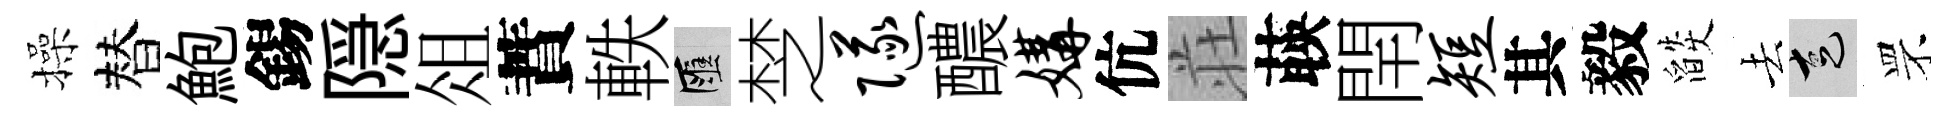
操替鮑錫隠俎蕡軼匯椘隧醲媾伉荘𦴤閈短其毅燄去走罘